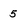
Character: 5